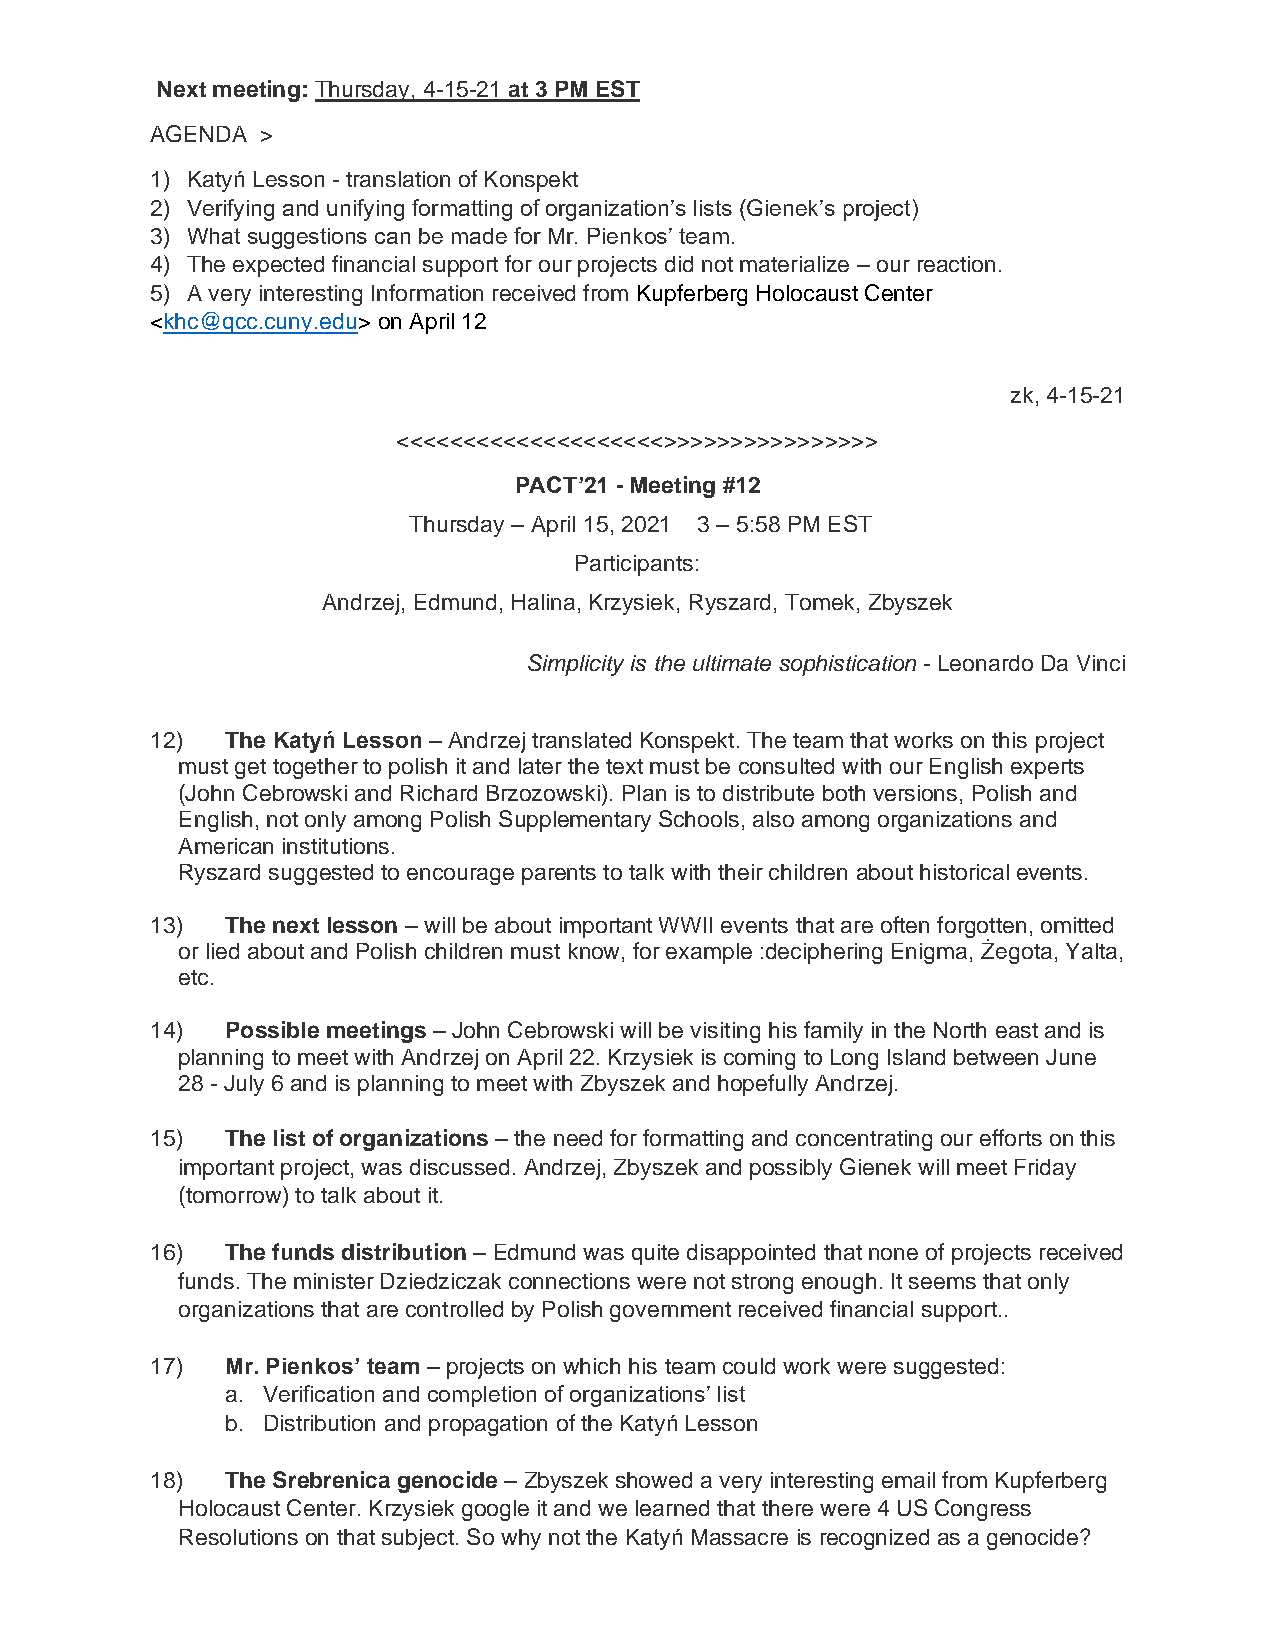
Next meeting: Thursday, 4-15-21 at 3 PM EST
 AGENDA >
 1) Katyń Lesson - translation of Konspekt
 2) Verifying and unifying formatting of organization’s lists (Gienek’s project)
 3) What suggestions can be made for Mr. Pienkos’ team.
 4) The expected financial support for our projects did not materialize – our reaction.
 5) A very interesting Information received from Kupferberg Holocaust Center
 <khc@qcc.cuny.edu> on April 12
 zk, 4-15-21
 <<<<<<<<<<<<<<<<<<<<>>>>>>>>>>>>>>>>
 PACT’21 - Meeting #12
 Thursday – April 15, 2021 3 – 5:58 PM EST
 Participants:
 Andrzej, Edmund, Halina, Krzysiek, Ryszard, Tomek, Zbyszek
 Simplicity is the ultimate sophistication - Leonardo Da Vinci
 12)  The Katyń Lesson – Andrzej translated Konspekt. The team that works on this project
 must get together to polish it and later the text must be consulted with our English experts
 (John Cebrowski and Richard Brzozowski). Plan is to distribute both versions, Polish and
 English, not only among Polish Supplementary Schools, also among organizations and
 American institutions.
 Ryszard suggested to encourage parents to talk with their children about historical events.
 13)  The next lesson – will be about important WWII events that are often forgotten, omitted
 or lied about and Polish children must know, for example :deciphering Enigma, Żegota, Yalta,
 etc.
 14)  Possible meetings – John Cebrowski will be visiting his family in the North east and is
 planning to meet with Andrzej on April 22. Krzysiek is coming to Long Island between June
 28 - July 6 and is planning to meet with Zbyszek and hopefully Andrzej.
 15)  The list of organizations – the need for formatting and concentrating our efforts on this
 important project, was discussed. Andrzej, Zbyszek and possibly Gienek will meet Friday
 (tomorrow) to talk about it.
 16)  The funds distribution – Edmund was quite disappointed that none of projects received
 funds. The minister Dziedziczak connections were not strong enough. It seems that only
 organizations that are controlled by Polish government received financial support..
 17)  Mr. Pienkos’ team – projects on which his team could work were suggested:
 a. Verification and completion of organizations’ list
 b. Distribution and propagation of the Katyń Lesson
 18)  The Srebrenica genocide – Zbyszek showed a very interesting email from Kupferberg
 Holocaust Center. Krzysiek google it and we learned that there were 4 US Congress
 Resolutions on that subject. So why not the Katyń Massacre is recognized as a genocide?